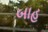
બાહ